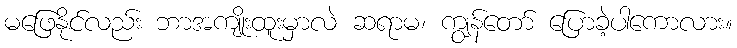
မဖြေနိုင်လည်း ဘာအကျိုးထူးမှာလဲ ဆရာမ၊ ကျွန်တော် ပြောခဲ့ပါကောလား။